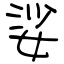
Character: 娑